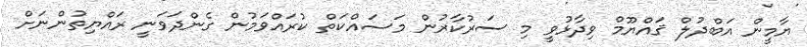
ޔާމީން އަބްދުލް ޤައްޔޫމް ވިދާޅުވީ މި ސަރުކާރުން މަސައްކަތް ކުރައްވަމުން ގެންދަވަނީ ރައްޔިތުންނަށް